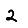
Digit: 2